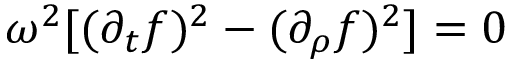
\omega ^ { 2 } [ ( \partial _ { t } f ) ^ { 2 } - ( \partial _ { \rho } f ) ^ { 2 } ] = 0